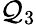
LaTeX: \mathcal{Q}_{3}